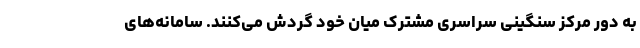
به دور مرکز سنگینی سراسری مشترک میان خود گردش می‌کنند. سامانه‌های